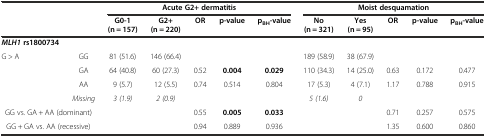
<table><thead><tr><td></td><td></td><td colspan="5"><b>Acute G2+ dermatitis</b></td><td colspan="5"><b>Moist desquamation</b></td></tr><tr><td></td><td></td><td><b>G0-1 (n = 157)</b></td><td><b>G2+ (n = 220)</b></td><td><b>OR</b></td><td><b>p-value</b></td><td><b>p<sub>BH</sub>-value</b></td><td><b>No (n = 321)</b></td><td><b>Yes (n = 95)</b></td><td><b>OR</b></td><td><b>p-value</b></td><td><b>p<sub>BH</sub>-value</b></td></tr></thead><tbody><tr><td><b><i>MLH1</i></b><b>rs1800734</b></td><td></td><td></td><td></td><td></td><td></td><td></td><td></td><td></td><td></td><td></td><td></td></tr><tr><td>G &gt; A</td><td>GG</td><td>81 (51.6)</td><td>146 (66.4)</td><td></td><td></td><td></td><td>189 (58.9)</td><td>38 (67.9)</td><td></td><td></td><td></td></tr><tr><td></td><td>GA</td><td>64 (40.8)</td><td>60 (27.3)</td><td>0.52</td><td><b>0.004</b></td><td><b>0.029</b></td><td>110 (34.3)</td><td>14 (25.0)</td><td>0.63</td><td>0.172</td><td>0.477</td></tr><tr><td></td><td>AA</td><td>9 (5.7)</td><td>12 (5.5)</td><td>0.74</td><td>0.514</td><td>0.804</td><td>17 (5.3)</td><td>4 (7.1)</td><td>1.17</td><td>0.788</td><td>0.915</td></tr><tr><td></td><td><i>Missing</i></td><td><i>3 (1.9)</i></td><td><i>2 (0.9)</i></td><td></td><td></td><td></td><td><i>5 (1.6)</i></td><td><i>0</i></td><td></td><td></td><td></td></tr><tr><td colspan="2">GG vs. GA + AA (dominant)</td><td></td><td></td><td>0.55</td><td><b>0.005</b></td><td><b>0.033</b></td><td></td><td></td><td>0.71</td><td>0.257</td><td>0.575</td></tr><tr><td colspan="2">GG + GA vs. AA (recessive)</td><td></td><td></td><td>0.94</td><td>0.889</td><td>0.936</td><td></td><td></td><td>1.35</td><td>0.600</td><td>0.860</td></tr></tbody></table>